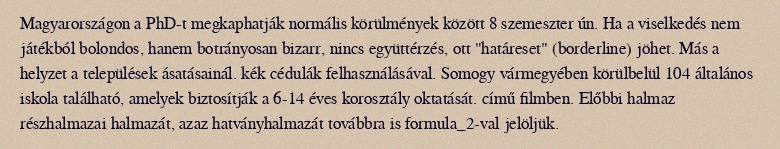
Magyarországon a PhD-t megkaphatják normális körülmények között 8 szemeszter ún. Ha a viselkedés nem játékból bolondos, hanem botrányosan bizarr, nincs együttérzés, ott "határeset" (borderline) jöhet. Más a helyzet a települések ásatásainál. kék cédulák felhasználásával. Somogy vármegyében körülbelül 104 általános iskola található, amelyek biztosítják a 6-14 éves korosztály oktatását. című filmben. Előbbi halmaz részhalmazai halmazát, azaz hatványhalmazát továbbra is formula_2-val jelöljük.